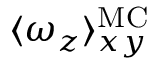
\langle \omega _ { z } \rangle _ { x y } ^ { \mathrm { M C } }